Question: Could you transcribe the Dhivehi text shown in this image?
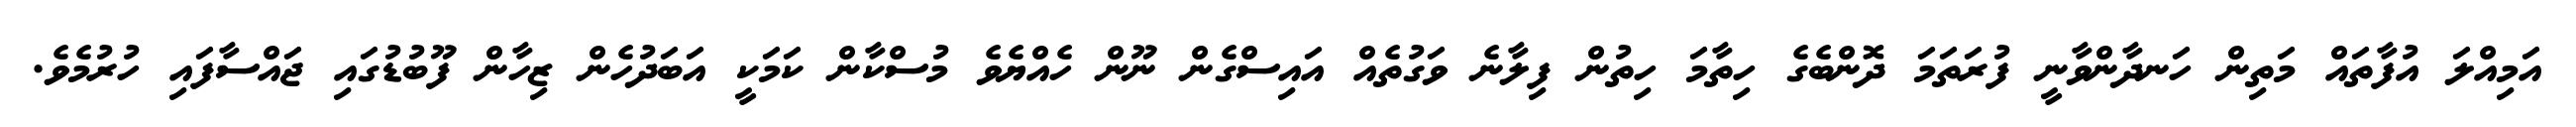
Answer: އަމިއްލަ އުފާތައް މަތިން ހަނދާންވާނީ ފުރަތަމަ ދޮންބެގެ ހިތާމަ ހިތުން ފިލާނެ ވަގުތެއް އައިސްގެން ނޫން ހެއްޔެވެ މުސްކާން ކަމަކީ އަބަދުހެން ޒިހާން ފޫބުޑުގައި ޖައްސާފައި ހުރުމެވެ.